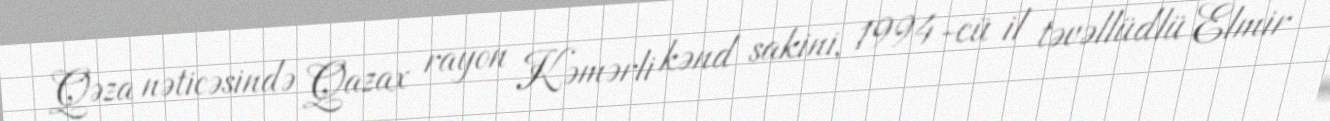
Qəza nəticəsində Qazax rayon Kəmərli kənd sakini, 1994-cü il təvəllüdlü Elmir